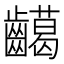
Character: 𪙰